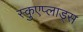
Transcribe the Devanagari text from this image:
स्कुएप्लाड्स